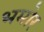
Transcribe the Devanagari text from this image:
भमोर